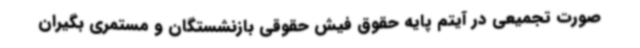
صورت تجمیعی در آیتم پایه حقوق فیش حقوقی بازنشستگان و مستمری بگیران